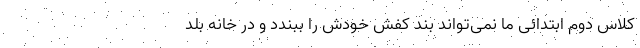
کلاس دوم ابتدائی ما نمی‌تواند بند کفش خودش را ببندد و در خانه بلد